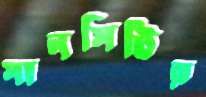
সানসিটির